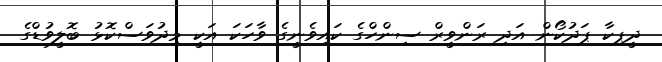
ދީޕިކާ ޕަދުކޯން އަދި ރަންވީރް ސިންހްގެ ކައިވެނީގެ ވާހަކަ އަކީ މިދުވަސްކޮޅު ބޮލީވުޑްގެ